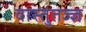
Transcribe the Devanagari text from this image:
वास्तुतज्ज्ञ